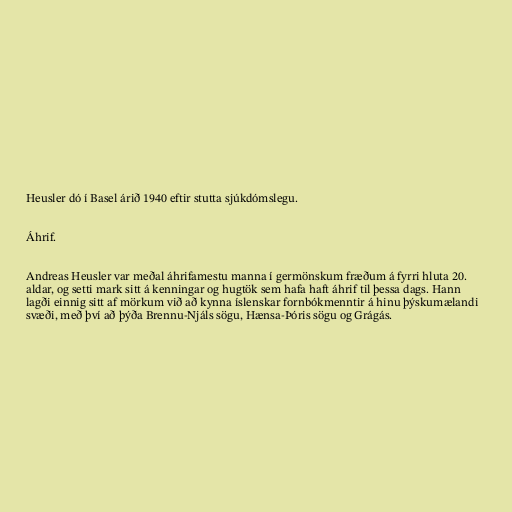
Heusler dó í Basel árið 1940 eftir stutta sjúkdómslegu.

Áhrif.

Andreas Heusler var meðal áhrifamestu manna í germönskum fræðum á fyrri hluta 20.
aldar, og setti mark sitt á kenningar og hugtök sem hafa haft áhrif til þessa dags. Hann
lagði einnig sitt af mörkum við að kynna íslenskar fornbókmenntir á hinu þýskumælandi
svæði, með því að þýða Brennu-Njáls sögu, Hænsa-Þóris sögu og Grágás.